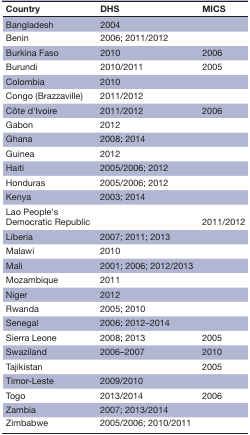
| Country | DHS | MICS |
 | --- | --- | --- |
 | Bangladesh | 2004 |  |
 | Benin | 2006; 2011/2012 |  |
 | Burkina Faso | 2010 | 2006 |
 | Burundi | 2010/2011 | 2005 |
 | Colombia | 2010 |  |
 | Congo (Brazzaville) | 2011/2012 |  |
 | Côte d’Ivoire | 2011/2012 | 2006 |
 | Gabon | 2012 |  |
 | Ghana | 2008; 2014 |  |
 | Guinea | 2012 |  |
 | Haiti | 2005/2006; 2012 |  |
 | Honduras | 2005/2006; 2012 |  |
 | Kenya | 2003; 2014 |  |
 | Lao People’s Democratic Republic |  | 2011/2012 |
 | Liberia | 2007; 2011; 2013 |  |
 | Malawi | 2010 |  |
 | Mali | 2001; 2006; 2012/2013 |  |
 | Mozambique | 2011 |  |
 | Niger | 2012 |  |
 | Rwanda | 2005; 2010 |  |
 | Senegal | 2006; 2012–2014 |  |
 | Sierra Leone | 2008; 2013 | 2005 |
 | Swaziland | 2006–2007 | 2010 |
 | Tajikistan |  | 2005 |
 | Timor-Leste | 2009/2010 |  |
 | Togo | 2013/2014 | 2006 |
 | Zambia | 2007; 2013/2014 |  |
 | Zimbabwe | 2005/2006; 2010/2011 |  |